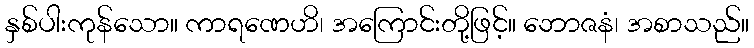
နှစ်ပါးကုန်သော။ ကာရဏေဟိ၊ အကြောင်းတို့ဖြင့်။ ဘောဇနံ၊ အစာသည်။